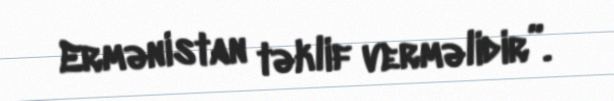
Ermənistan təklif verməlidir”.